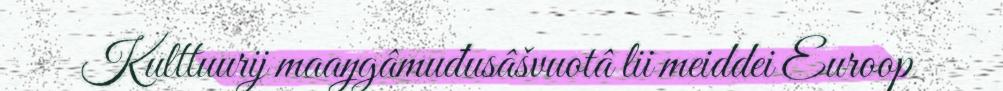
Kulttuurij maaŋgâmuđusâšvuotâ lii meiddei Euroop